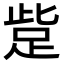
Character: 𧿿